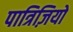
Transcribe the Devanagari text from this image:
पात्रिज़ियो